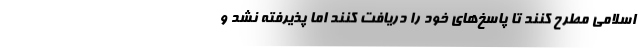
اسلامی مطرح کنند تا پاسخ‌های خود را دریافت کنند اما پذیرفته نشد و